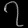
Digit: ၇